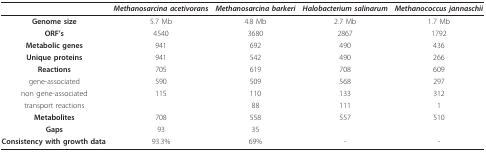
<table><thead><tr><td></td><td><b><i>Methanosarcina acetivorans</i></b></td><td><b><i>Methanosarcina barkeri</i></b></td><td><b><i>Halobacterium salinarum</i></b></td><td><b><i>Methanococcus jannaschii</i></b></td></tr></thead><tbody><tr><td><b>Genome size</b></td><td>5.7 Mb</td><td>4.8 Mb</td><td>2.7 Mb</td><td>1.7 Mb</td></tr><tr><td><b>ORF&#x27;s</b></td><td>4540</td><td>3680</td><td>2867</td><td>1792</td></tr><tr><td><b>Metabolic genes</b></td><td>941</td><td>692</td><td>490</td><td>436</td></tr><tr><td><b>Unique proteins</b></td><td>941</td><td>542</td><td>490</td><td>266</td></tr><tr><td><b>Reactions</b></td><td>705</td><td>619</td><td>708</td><td>609</td></tr><tr><td>gene-associated</td><td>590</td><td>509</td><td>568</td><td>297</td></tr><tr><td>non gene-associated</td><td>115</td><td>110</td><td>133</td><td>312</td></tr><tr><td>transport reactions</td><td></td><td>88</td><td>111</td><td>1</td></tr><tr><td><b>Metabolites</b></td><td>708</td><td>558</td><td>557</td><td>510</td></tr><tr><td><b>Gaps</b></td><td>93</td><td>35</td><td></td><td></td></tr><tr><td><b>Consistency with growth data</b></td><td>93.3%</td><td>69%</td><td>-</td><td>-</td></tr></tbody></table>